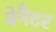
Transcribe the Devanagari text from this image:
बेनैटर